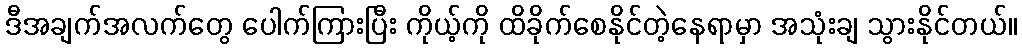
ဒီအချက်အလက်တွေ ပေါက်ကြားပြီး ကိုယ့်ကို ထိခိုက်စေနိုင်တဲ့နေရာမှာ အသုံးချ သွားနိုင်တယ်။